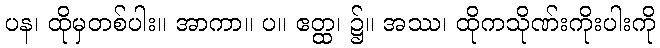
ပန၊ ထိုမှတစ်ပါး။ အာကာ။ ပ။ ဧတ္ထ၊ ၌။ အဿ၊ ထိုကသိုဏ်းကိုးပါးကို